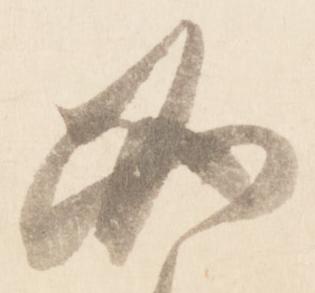
必